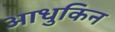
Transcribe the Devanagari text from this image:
आधुकिन